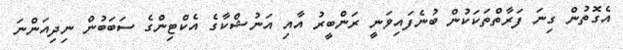
އެގޮތުން ގިނަ ފަރާތްތަކަކުން ބުނެފައިވަނީ ރަންބީރު އާއި އަނުޝްކާގެ އެކްޓިންގެ ސަބަބުން ނިދިއަންނަ